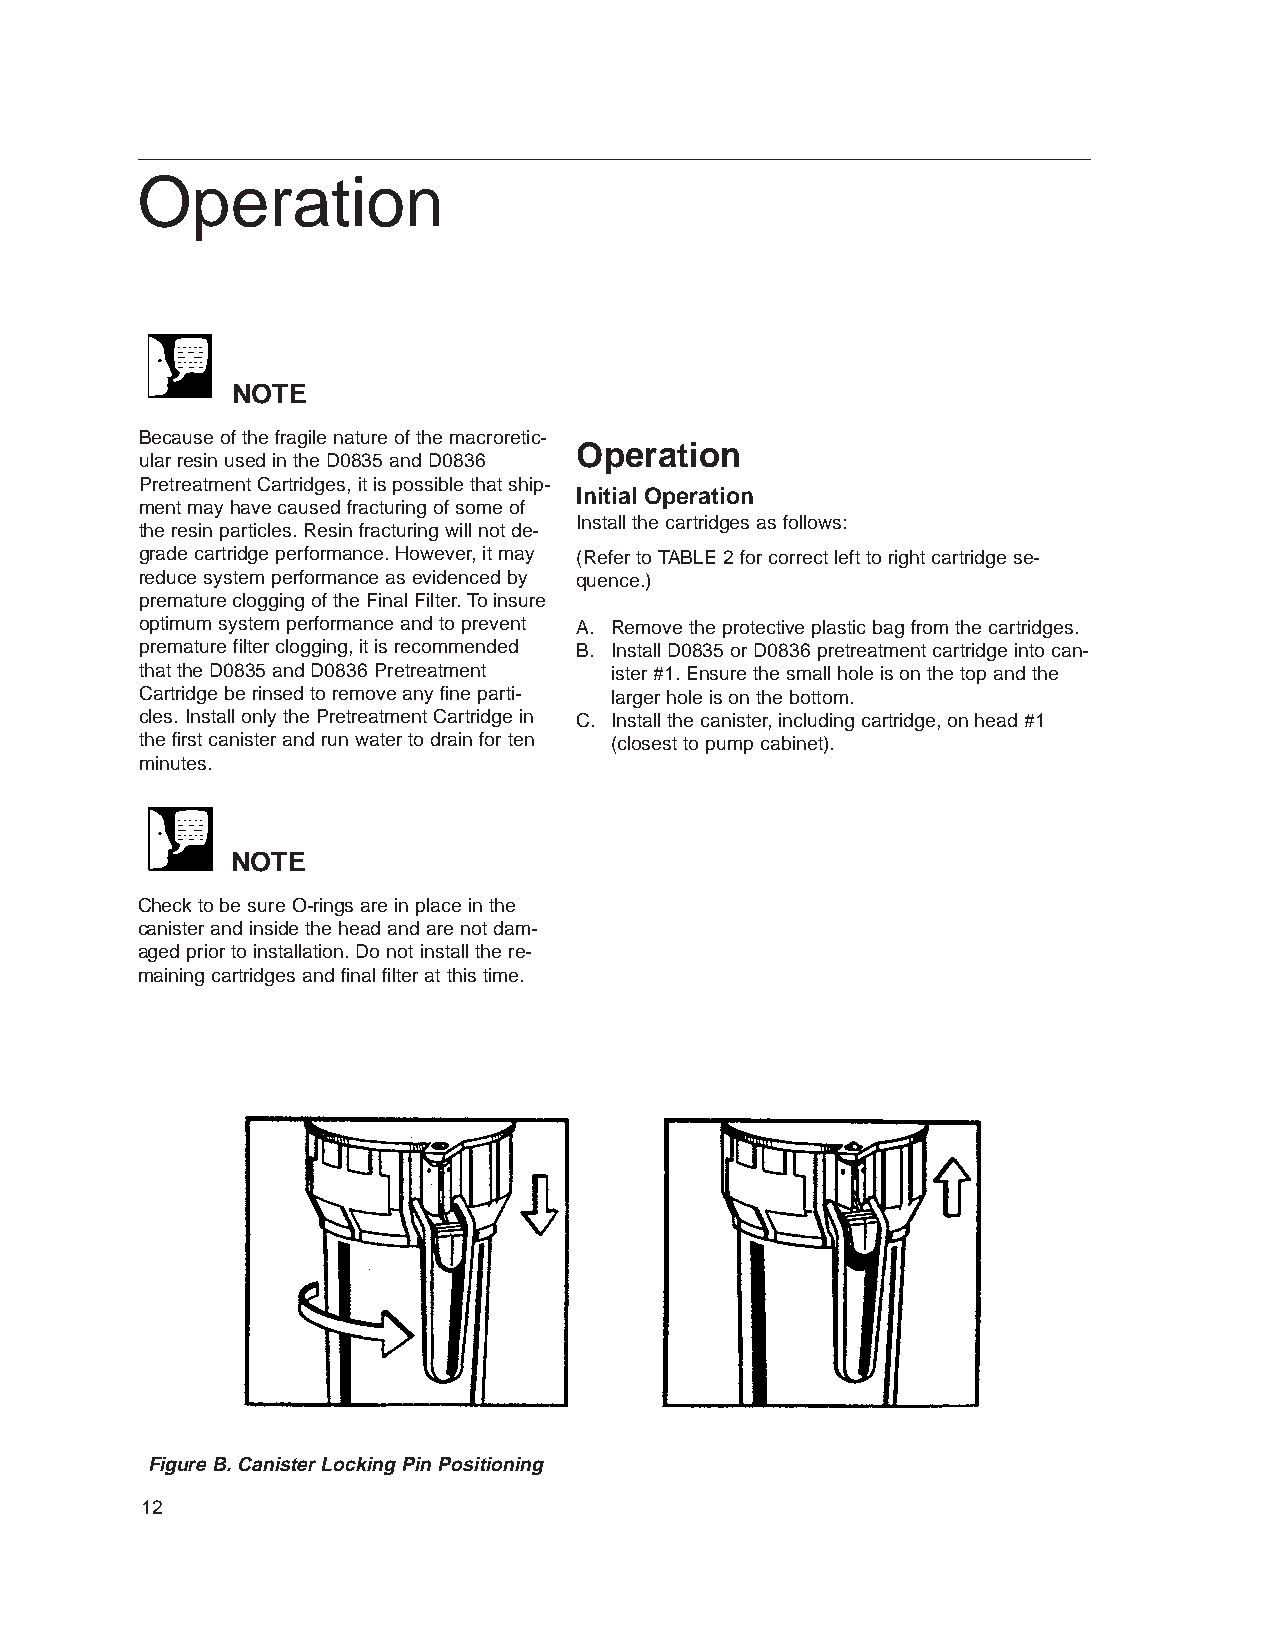
Operation
 NOTE
 Because of the fragile nature of the macroretic-
 Operation
 ular resin used in the D0835 and D0836
 Pretreatment Cartridges, it is possible that ship-
 Initial Operation
 ment may have caused fracturing of some of
 Install the cartridges as follows:
 the resin particles. Resin fracturing will not de-
 grade cartridge performance. However, it may (Refer to TABLE 2 for correct left to right cartridge se-
 reduce system performance as evidenced by quence.)
 premature clogging of the Final Filter. To insure
 optimum system performance and to prevent A. Remove the protective plastic bag from the cartridges.
 premature filter clogging, it is recommended B. Install D0835 or D0836 pretreatment cartridge into can-
 that the D0835 and D0836 Pretreatment ister #1. Ensure the small hole is on the top and the
 Cartridge be rinsed to remove any fine parti- larger hole is on the bottom.
 cles. Install only the Pretreatment Cartridge in C. Install the canister, including cartridge, on head #1
 the first canister and run water to drain for ten (closest to pump cabinet).
 minutes.
 NOTE
 Check to be sure O-rings are in place in the
 canister and inside the head and are not dam-
 aged prior to installation. Do not install the re-
 maining cartridges and final filter at this time.
 Figure B. Canister Locking Pin Positioning
 12